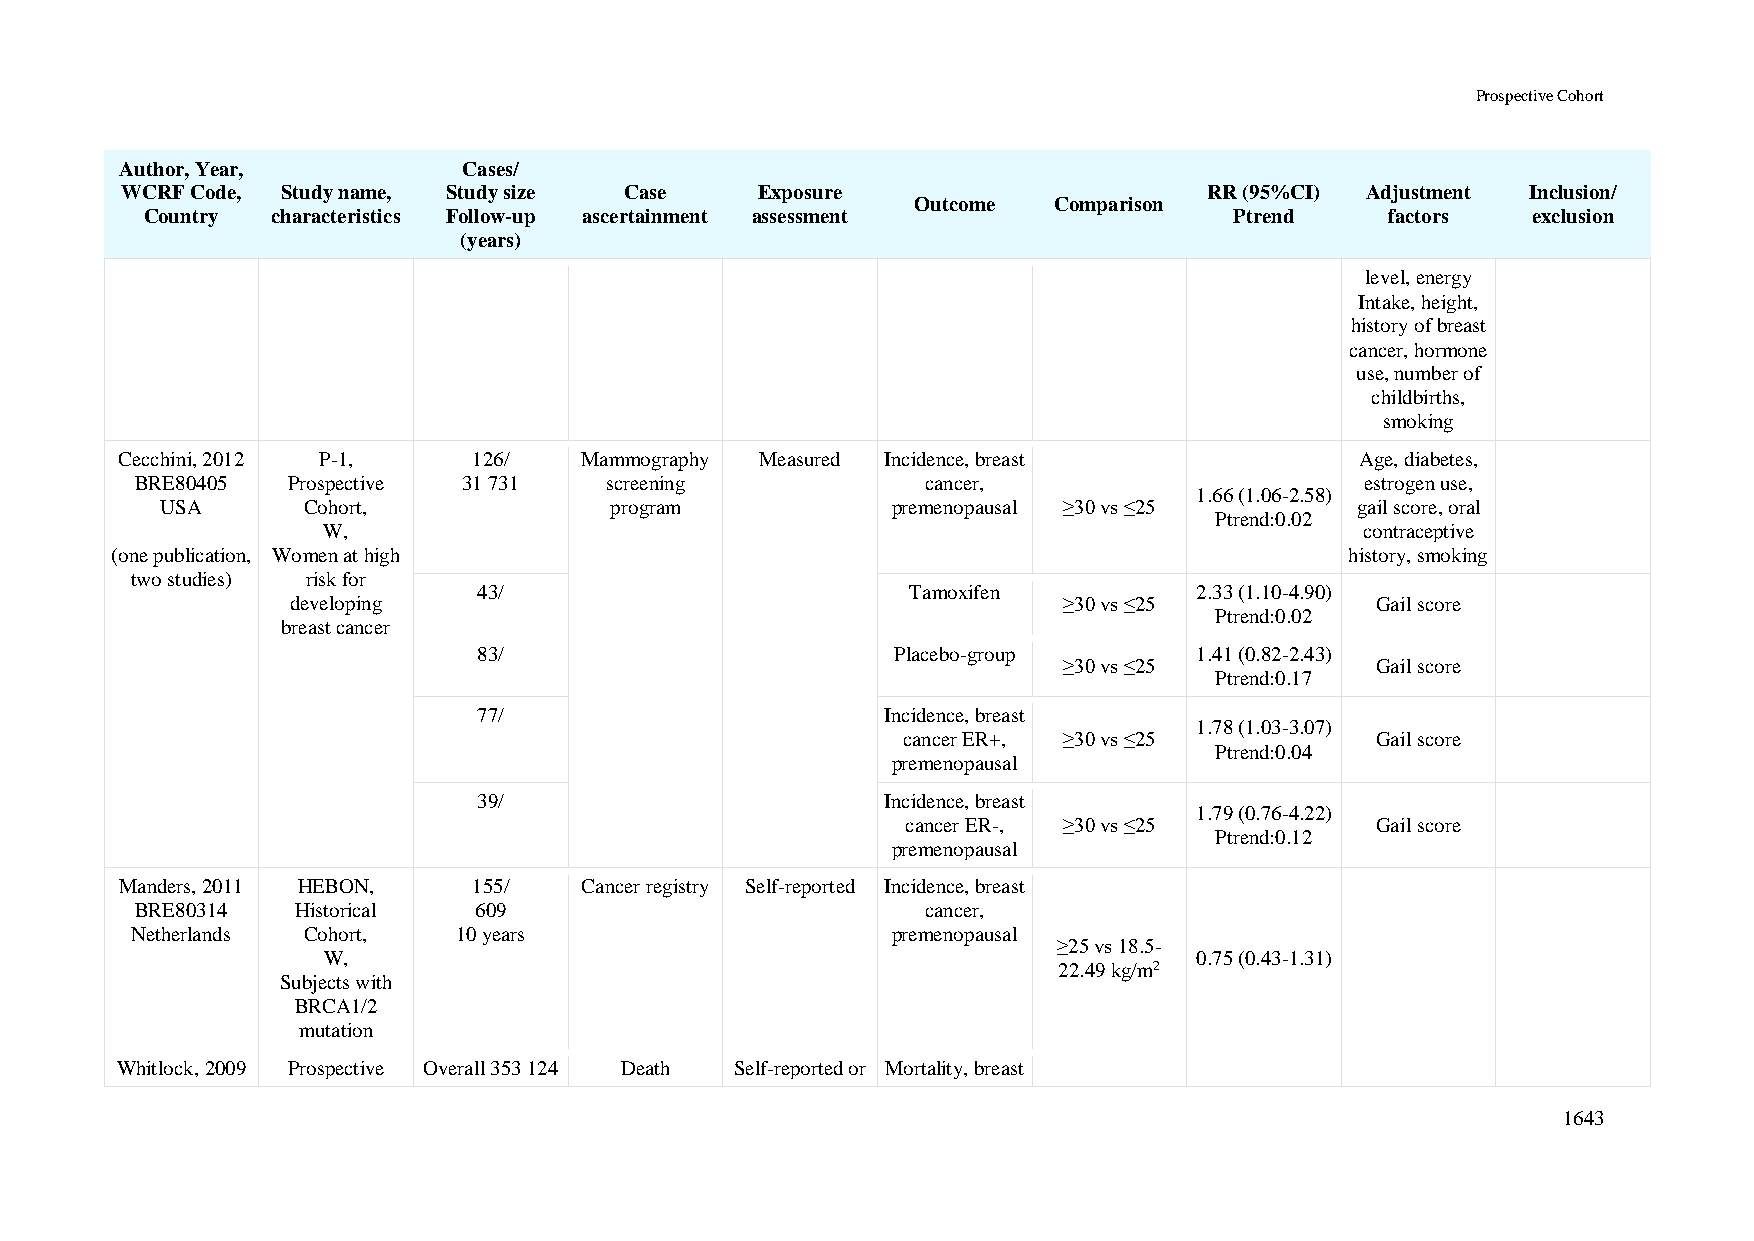
Prospective Cohort
 Author, Year,          Cases/
 WCRF Code, Study name, Study size Case    Exposure                      RR (95%CI) Adjustment Inclusion/
 Outcome  Comparison
 Country characteristics Follow-up ascertainment assessment              Ptrend    factors  exclusion
 (years)
 level, energy
 Intake, height,
 history of breast
 cancer, hormone
 use, number of
 childbirths,
 smoking
 Cecchini, 2012 P-1,    126/   Mammography Measured Incidence, breast              Age, diabetes,
 BRE80405  Prospective 31 731   screening            cancer,                      estrogen use,
 1.66 (1.06-2.58)
 USA      Cohort,             program            premenopausal ≥30 vs ≤25       gail score, oral
 Ptrend:0.02
 W,                                                                   contraceptive
 (one publication, Women at high                                                   history, smoking
 two studies) risk for
 43/                         Tamoxifen          2.33 (1.10-4.90)
 developing                                         ≥30 vs ≤25           Gail score
 Ptrend:0.02
 breast cancer
 83/                        Placebo-group       1.41 (0.82-2.43)
 ≥30 vs ≤25           Gail score
 Ptrend:0.17
 77/                        Incidence, breast
 1.78 (1.03-3.07)
 cancer ER+, ≥30 vs ≤25         Gail score
 Ptrend:0.04
 premenopausal
 39/                        Incidence, breast
 1.79 (0.76-4.22)
 cancer ER-, ≥30 vs ≤25         Gail score
 Ptrend:0.12
 premenopausal
 Manders, 2011 HEBON,   155/   Cancer registry Self-reported Incidence, breast
 BRE80314   Historical 609                           cancer,
 Netherlands Cohort,  10 years                     premenopausal
 ≥25 vs 18.5-
 W,                                                        0.75 (0.43-1.31)
 22.49 kg/m2
 Subjects with
 BRCA1/2
 mutation
 Whitlock, 2009 Prospective Overall 353 124 Death Self-reported or Mortality, breast
 1643